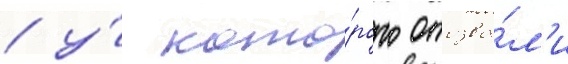
/ у́ кото́рого отозва́л'и